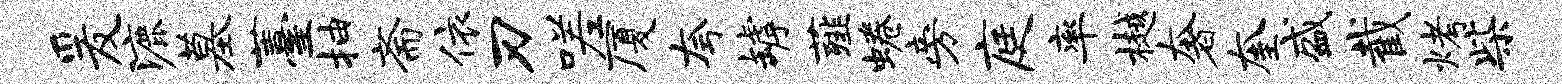
爰漉墓薹抽斋依刃嗟厦夸罅薤蜷旁庭率樾奢奎盛截烤柴